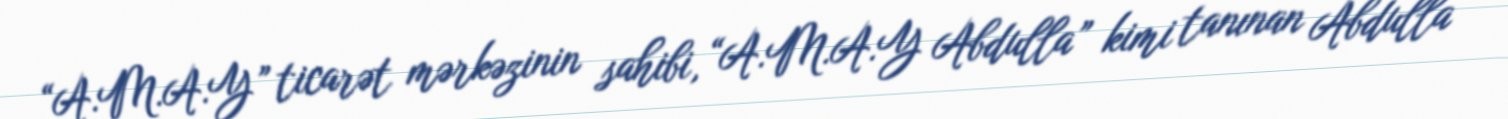
“A.M.A.Y” ticarət mərkəzinin sahibi, “A.M.A.Y Abdulla” kimi tanınan Abdulla